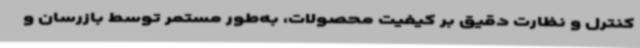
کنترل و نظارت دقیق بر کیفیت محصولات، به‌طور مستمر توسط بازرسان و